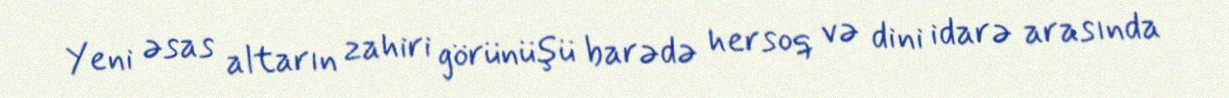
Yeni əsas altarın zahiri görünüşü barədə hersoq və dini idarə arasında